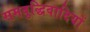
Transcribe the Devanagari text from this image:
समबुद्धिवादियों